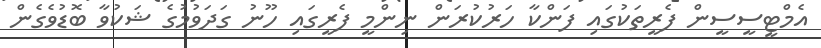
އެމްޓީސީސީން ފެރީތަކުގައި ފަންކާ ހަރުކުރަން ނިންމީ ފެރީގައި ހޫނު ގަދަވުމުގެ ޝަކުވާ ބޮޑުވެގެން